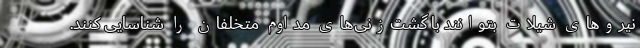
نیروهای شیلات بتوانند با گشت‌زنی‌های مداوم متخلفان را شناسایی کنند.